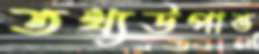
তথ্যউপাত্ত